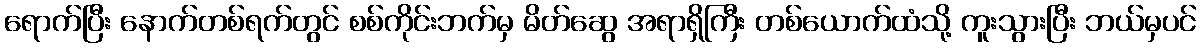
ရောက်ပြီး နောက်တစ်ရက်တွင် စစ်ကိုင်းဘက်မှ မိတ်ဆွေ အရာရှိကြီး တစ်ယောက်ထံသို့ ကူးသွားပြီး ဘယ်မှပင်